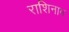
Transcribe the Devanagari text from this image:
राशिनाम